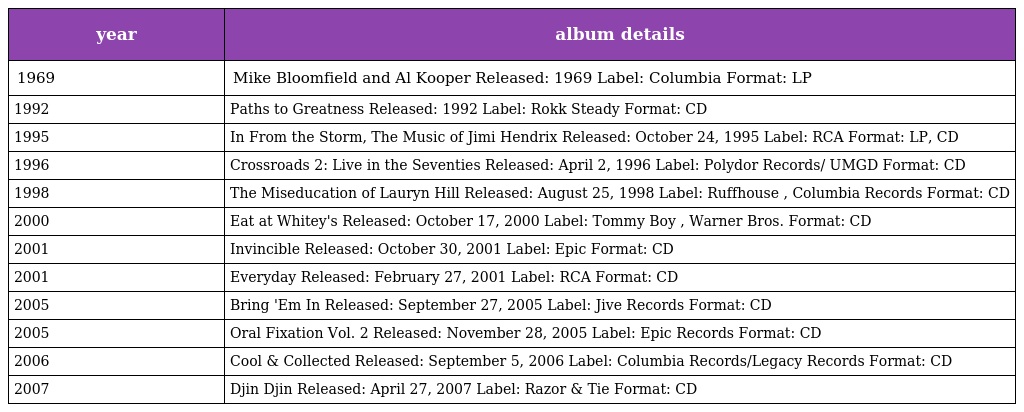
| year | album details |
 | --- | --- |
 | 1969 | Mike Bloomfield and Al Kooper Released: 1969 Label: Columbia Format: LP |
 | 1992 | Paths to Greatness Released: 1992 Label: Rokk Steady Format: CD |
 | 1995 | In From the Storm, The Music of Jimi Hendrix Released: October 24, 1995 Label: RCA Format: LP, CD |
 | 1996 | Crossroads 2: Live in the Seventies Released: April 2, 1996 Label: Polydor Records/ UMGD Format: CD |
 | 1998 | The Miseducation of Lauryn Hill Released: August 25, 1998 Label: Ruffhouse , Columbia Records Format: CD |
 | 2000 | Eat at Whitey's Released: October 17, 2000 Label: Tommy Boy , Warner Bros. Format: CD |
 | 2001 | Invincible Released: October 30, 2001 Label: Epic Format: CD |
 | 2001 | Everyday Released: February 27, 2001 Label: RCA Format: CD |
 | 2005 | Bring 'Em In Released: September 27, 2005 Label: Jive Records Format: CD |
 | 2005 | Oral Fixation Vol. 2 Released: November 28, 2005 Label: Epic Records Format: CD |
 | 2006 | Cool & Collected Released: September 5, 2006 Label: Columbia Records/Legacy Records Format: CD |
 | 2007 | Djin Djin Released: April 27, 2007 Label: Razor & Tie Format: CD |